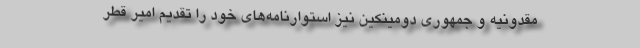
مقدونیه و جمهوری دومینکین نیز استوارنامه‌های خود را تقدیم امیر قطر